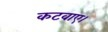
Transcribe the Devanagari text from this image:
कटवाए।